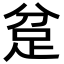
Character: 𮛍